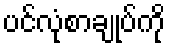
ပင်လုံစာချုပ်ကို